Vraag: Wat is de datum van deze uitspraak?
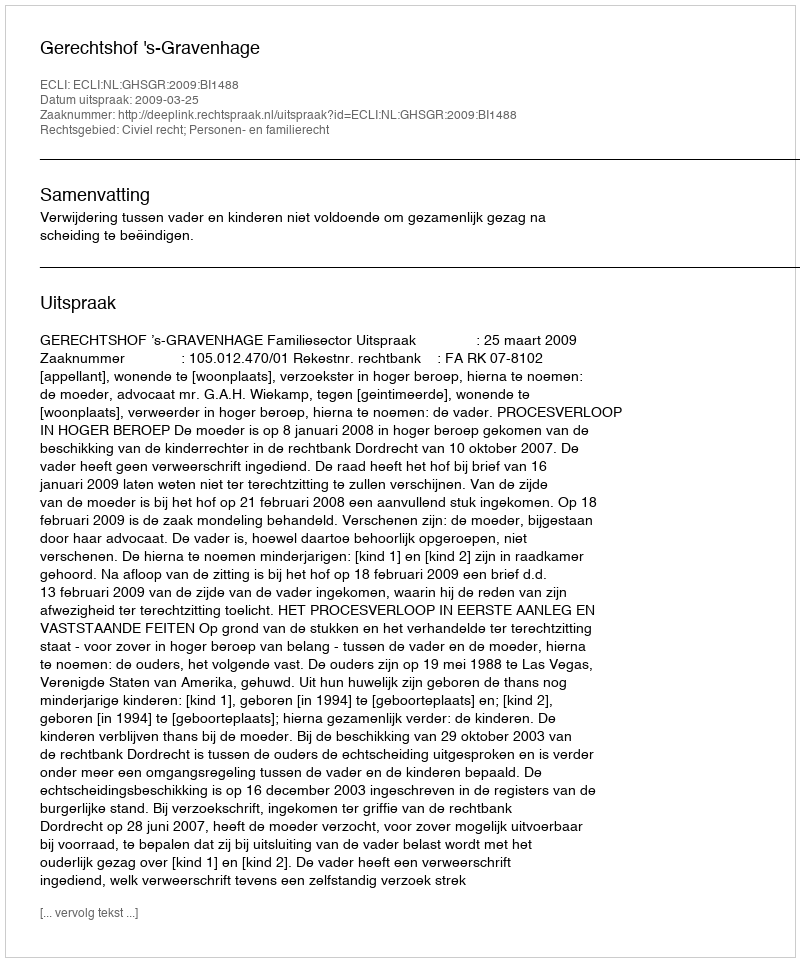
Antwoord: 2009-03-25